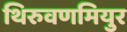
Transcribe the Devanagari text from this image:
थिरुवणमियुर